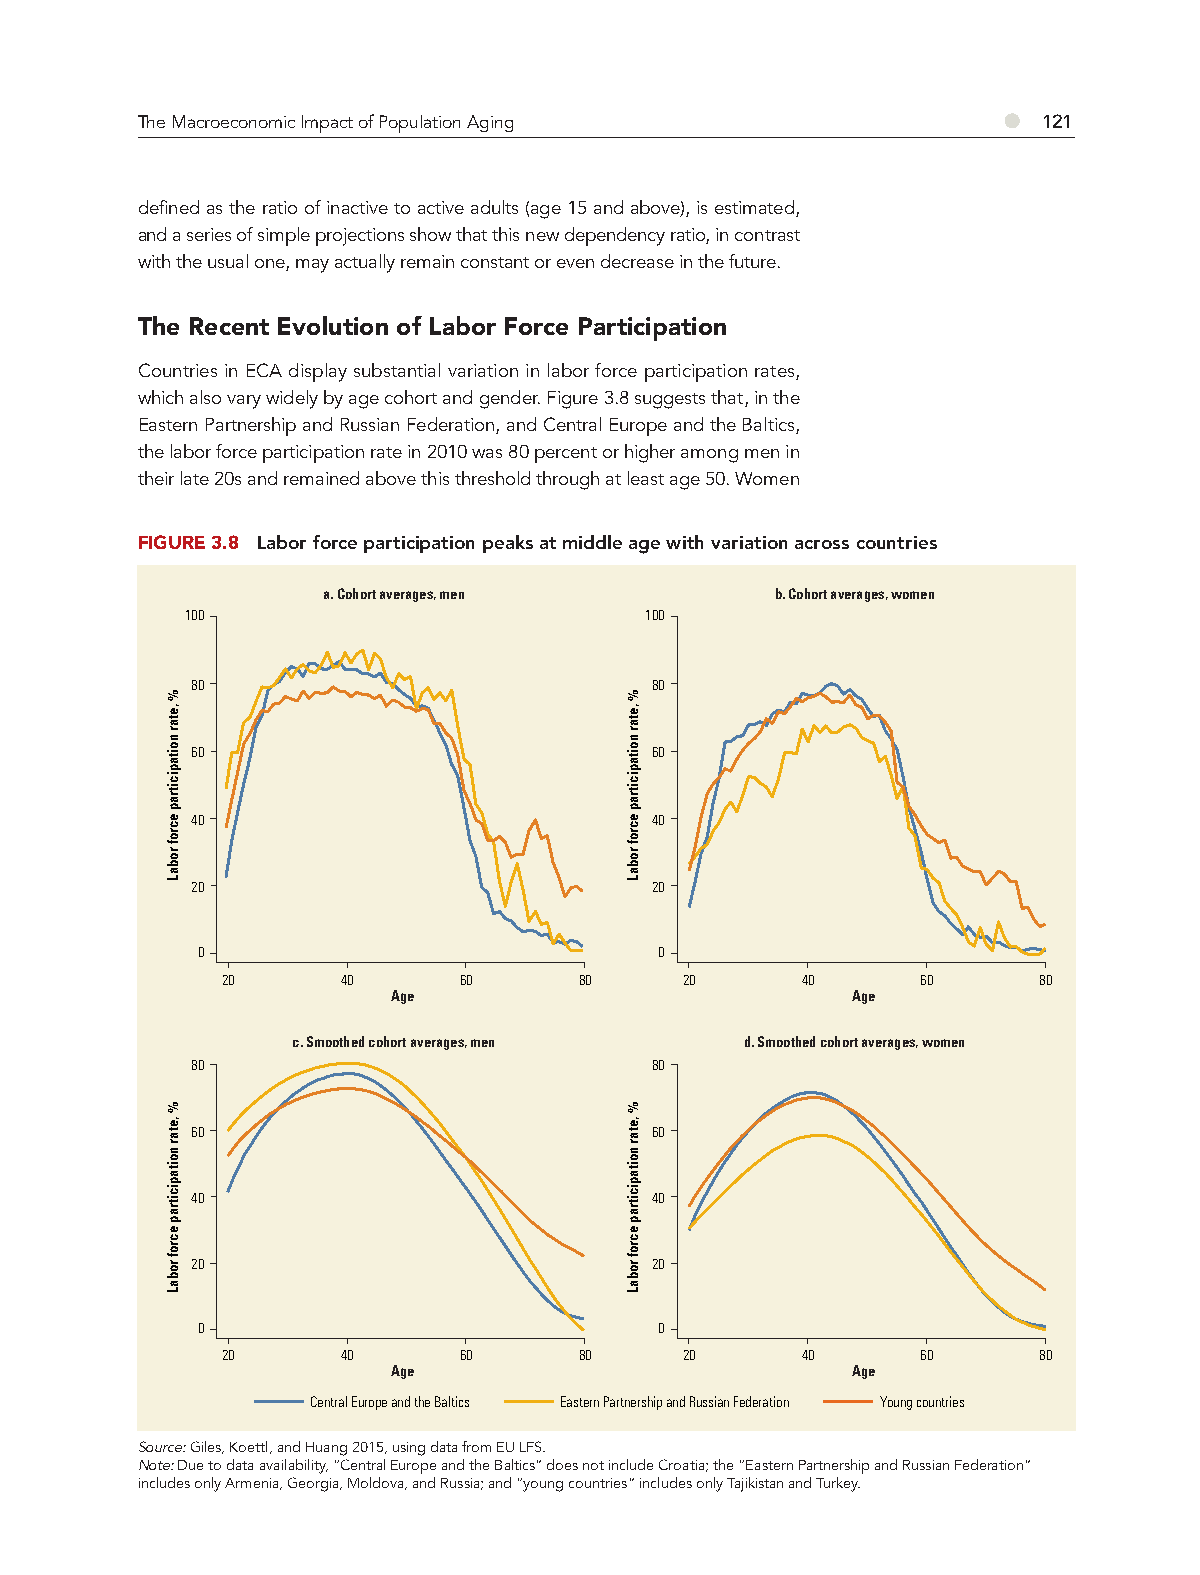
●
 The Macroeconomic Impact of Population Aging                121
 defined as the ratio of inactive to active adults (age 15 and above), is estimated,
 and a series of simple projections show that this new dependency ratio, in contrast
 with the usual one, may actually remain constant or even decrease in the future.
 The Recent Evolution of Labor Force Participation
 Countries in ECA display substantial variation in labor force participation rates,
 which also vary widely by age cohort and gender. Figure 3.8 suggests that, in the
 Eastern Partnership and Russian Federation, and Central Europe and the Baltics,
 the labor force participation rate in 2010 was 80 percent or higher among men in
 their late 20s and remained above this threshold through at least age 50. Women
 FIGURE 3.8 Labor force participation peaks at middle age with variation across countries
 a. Cohort averages, men       b. Cohort averages, women
 100                            100
 80                            80
 60                            60
 40                            40
 20                            20
 0                              0
 20      40     60      80     20      40      60      80
 Age                           Age
 c. Smoothed cohort averages, men d. Smoothed cohort averages, women
 80                            80
 60                            60
 40                            40
 20                            20
 0                              0
 20      40     60      80     20      40      60      80
 Age                           Age
 Central Europe and the Baltics Eastern Partnership and Russian Federation Young countries
 Source: Giles, Koettl, and Huang 2015, using data from EU LFS.
 Note: Due to data availability, “Central Europe and the Baltics” does not include Croatia; the “Eastern Partnership and Russian Federation”
 includes only Armenia, Georgia, Moldova, and Russia; and “young countries” includes only Tajikistan and Turkey.
 %
 ,etar
 noitapicitrap
 ecrof
 robaL
 %
 ,etar
 noitapicitrap
 ecrof
 robaL
 %
 ,etar
 noitapicitrap
 ecrof
 robaL
 %
 ,etar
 noitapicitrap
 ecrof
 robaL